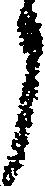
ら